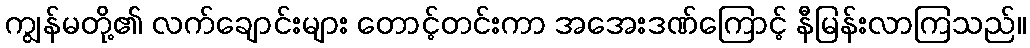
ကျွန်မတို့၏ လက်ချောင်းများ တောင့်တင်းကာ အအေးဒဏ်ကြောင့် နီမြန်းလာကြသည်။